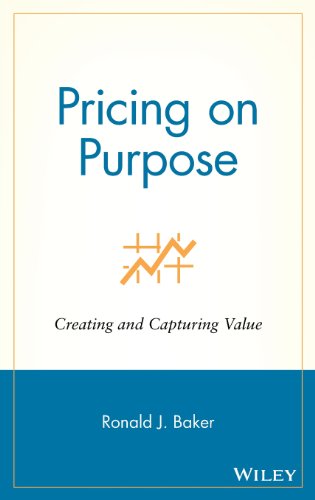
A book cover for Pricing on Purpose: Creating and Capturing Value; Ronald J. Baker; Business & Money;